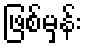
ဖြစ်မှန်း